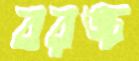
বরঙ্চ